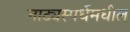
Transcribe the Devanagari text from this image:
नाट्यस्पर्धेमधील